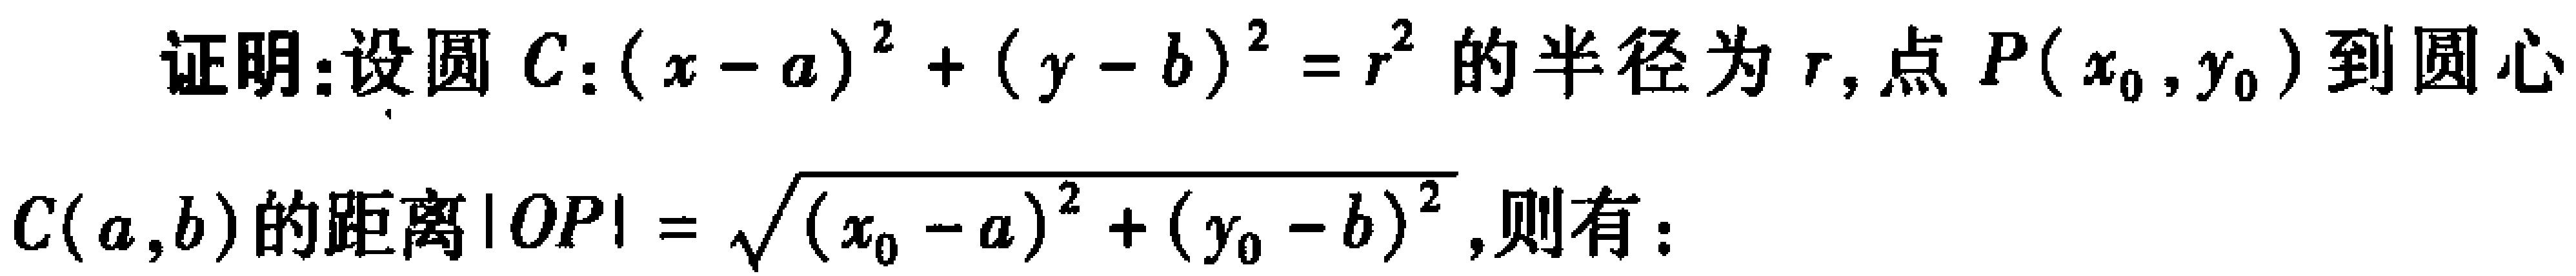
证明：设圆 \(C:(x - a)^2+(y - b)^2 = r^2\) 的半径为 \(r\)，点 \(P(x_0,y_0)\) 到圆心 \(C(a,b)\) 的距离 \(|OP|=\sqrt{(x_0 - a)^2+(y_0 - b)^2}\)，则有：